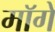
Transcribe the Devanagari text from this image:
माॅगे